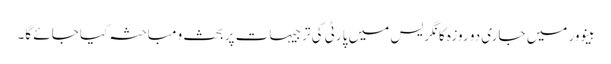
ہینوور میں جاری دو روزہ کانگریس میں پارٹی کی ترجیہات پر بحث و مباحثہ کیا جائے گا۔